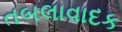
તબલાવાદક